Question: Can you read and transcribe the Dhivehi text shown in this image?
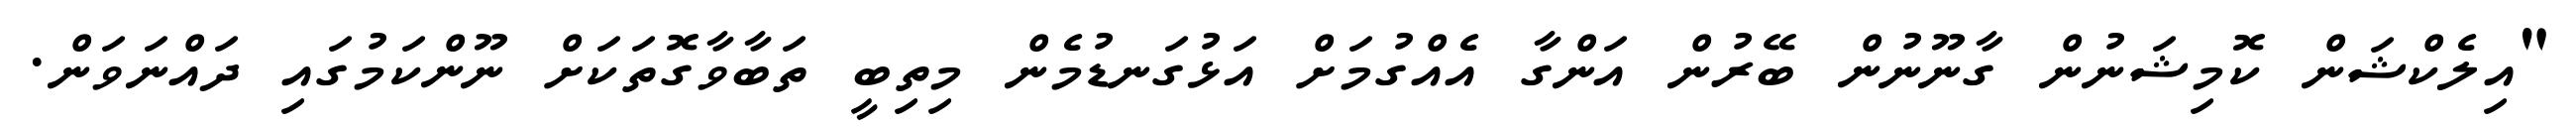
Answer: "އިލެކްޝަން ކޮމިޝަނުން ގާނޫނުން ބޭރުން އަންގާ އެއްގުމަށް އަޅުގަނޑުމެން މިތިބީ ތަބާވާގޮތަކަށް ނޫންކަމުގައި ދައްނަވަން.